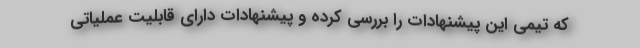
که تیمی این پیشنهادات را بررسی کرده و پیشنهادات دارای قابلیت عملیاتی